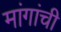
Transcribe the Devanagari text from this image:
मांगांची